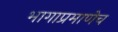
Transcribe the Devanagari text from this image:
भागाप्रमाणेच